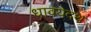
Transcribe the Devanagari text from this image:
धावयेदथ